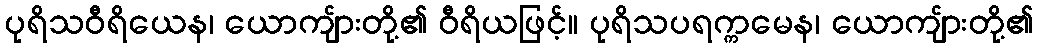
ပုရိသဝီရိယေန၊ ယောကျ်ားတို့၏ ဝီရိယဖြင့်။ ပုရိသပရက္ကမေန၊ ယောကျ်ားတို့၏